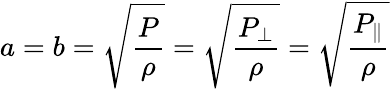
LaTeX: a=b=\sqrt{\frac{P}{\rho}}=\sqrt{\frac{P_{\perp}}{\rho}}=\sqrt{\frac{P_{\| }}{\rho}}